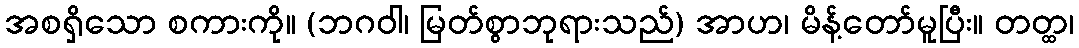
အစရှိသော စကားကို။ (ဘဂဝါ၊ မြတ်စွာဘုရားသည်) အာဟ၊ မိန့်တော်မူပြီး။ တတ္ထ၊